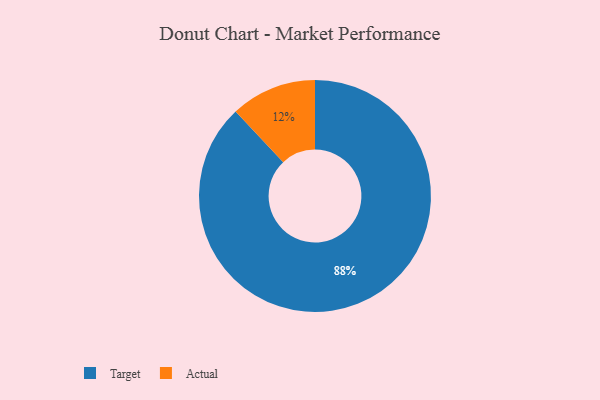
{"axis": {"x": "Category", "y": "Percentage"}, "legend": ["Actual", "Target"], "data": [{"x": "Target", "y": 88, "type": "Target"}, {"x": "Actual", "y": 12, "type": "Actual"}]}